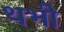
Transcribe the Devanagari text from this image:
थभी